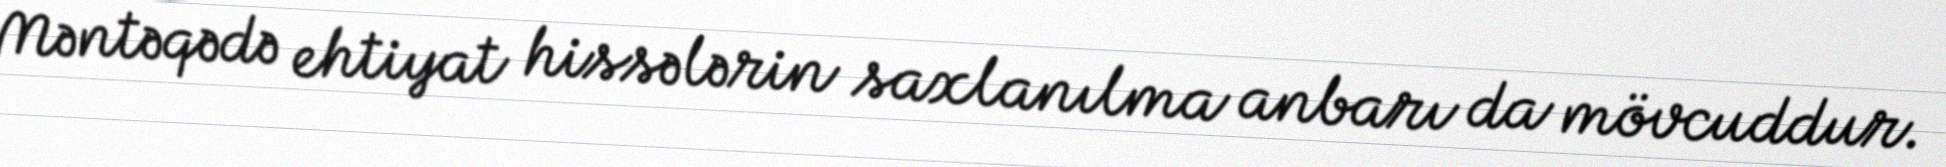
Məntəqədə ehtiyat hissələrin saxlanılma anbarı da mövcuddur.